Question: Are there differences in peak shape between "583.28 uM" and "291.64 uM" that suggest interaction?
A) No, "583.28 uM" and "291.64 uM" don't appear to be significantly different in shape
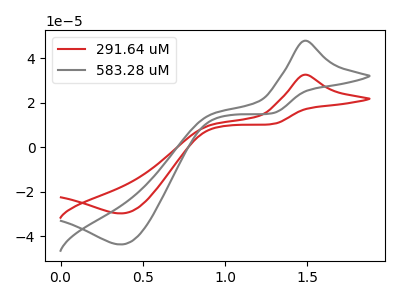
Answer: <think>The red curve "291.64 uM" has an anodic peak at (1.50V, 32.55uA) and a cathodic peak at (0.35V, -29.70uA). The gray curve "583.28 uM" has an anodic peak at (1.50V, 47.80uA) and a cathodic peak at (0.35V, -43.65uA).
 All the peaks in "583.28 uM" have a peak in "291.64 uM" at the same potential. Every peak in "583.28 uM" is higher than every peak in "291.64 uM".</think>
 <answer>A) No, "583.28 uM" and "291.64 uM" don't appear to be significantly different in shape</answer>
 <eval>A</eval>